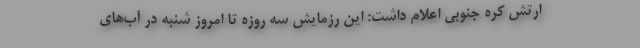
ارتش کره جنوبی اعلام داشت: این رزمایش سه روزه تا امروز شنبه در آب‌های